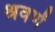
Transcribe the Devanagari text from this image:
श्रवणें